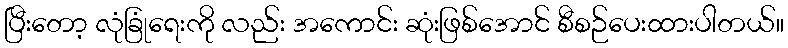
ပြီးတော့ လုံခြုံရေးကို လည်း အကောင်း ဆုံးဖြစ်အောင် စီစဉ်ပေးထားပါတယ်။